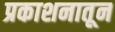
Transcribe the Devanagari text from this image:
प्रकाशनातून